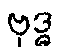
ဗုဒ္ဓ